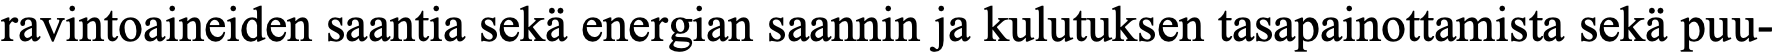
ravintoaineiden saantia sekä energian saannin ja kulutuksen tasapainottamista sekä puu-